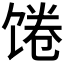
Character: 𩠉